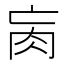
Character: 𦘻